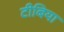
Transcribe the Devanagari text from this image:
टीबिया